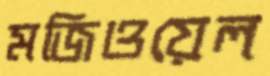
মজিওয়েল